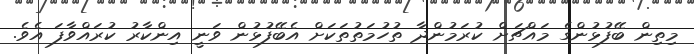
މިތިން ބޭފުޅުންގެ މައްޗަށް ކުރަމުންދާ ތުހުމަތުތަކަށް އެބޭފުޅުން ވަނީ އިންކާރު ކުރައްވާފަ އެވެ.